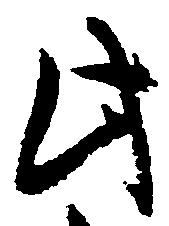
此